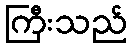
ကြီးသည်